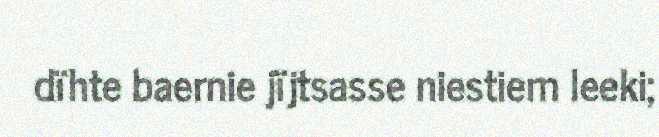
dïhte baernie jïjtsasse niestiem leeki;